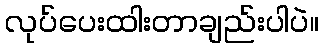
လုပ်ပေးထါးတာချည်းပါပဲ။